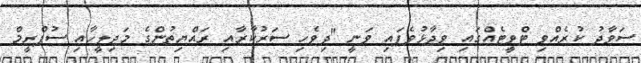
ސަވާދު ކުރެއްވި ޓްވީޓެއްގައި ވިދާޅުވެފައި ވަނީ "ދިވެހި ސަރުކާރާއި ރައްޔިތުންގެ މަޖިލީހާއި ސުޕްރީމް